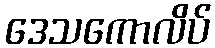
ဒေသကောလိပ်